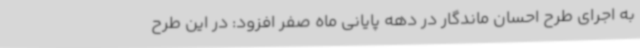
به اجرای طرح احسان ماندگار در دهه پایانی ماه صفر افزود: در این طرح